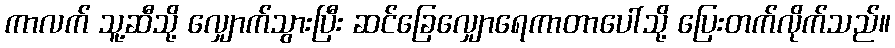
ကာလက် သူ့ဆီသို့ လျှောက်သွားပြီး ဆင်ခြေလျှောရေကာတာပေါ်သို့ ပြေးတက်လိုက်သည်။